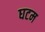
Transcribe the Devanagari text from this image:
घटम